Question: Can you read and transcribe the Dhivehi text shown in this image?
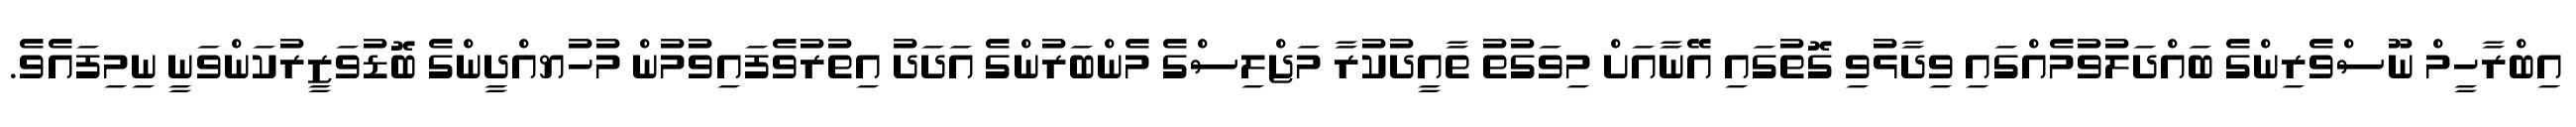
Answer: އިބްރާހީމް ނޫސްވެރިންގެ ބައްދަލުވުމެއްގައި ވިދާޅުވި ގޮތުގައި އޭނާއަށް މިވަގުތު ތާއީދުކުރާ މަޖްލިސްގެ މެންބަރުންގެ އަދަދު އިތުރުވެފައިވުމުން މުހުޔއްދީންގެ ބޮޑުވަޒީރުކަންވަނީ ނިމިފައެވެ.